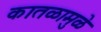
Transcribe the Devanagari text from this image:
कातळामुळे